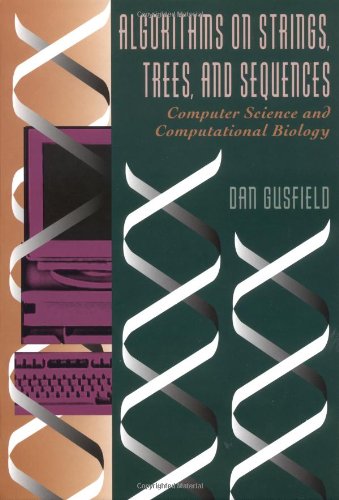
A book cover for Algorithms on Strings, Trees and Sequences: Computer Science and Computational Biology; Dan Gusfield; Computers & Technology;